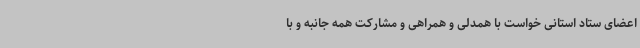
اعضای ستاد استانی خواست با همدلی و همراهی و مشارکت همه جانبه و با